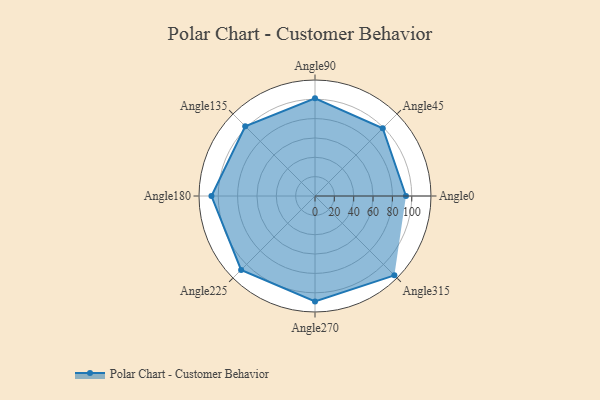
{"axis": {"x": "Angle", "y": "Radius"}, "legend": [""], "data": [{"x": "Angle0", "y": 94.0, "type": ""}, {"x": "Angle45", "y": 99.0, "type": ""}, {"x": "Angle90", "y": 101.0, "type": ""}, {"x": "Angle135", "y": 102.0, "type": ""}, {"x": "Angle180", "y": 107.0, "type": ""}, {"x": "Angle225", "y": 108.0, "type": ""}, {"x": "Angle270", "y": 109.0, "type": ""}, {"x": "Angle315", "y": 116.0, "type": ""}]}